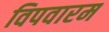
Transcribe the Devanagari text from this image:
विपवारम